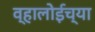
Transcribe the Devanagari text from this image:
व्हालोईच्या